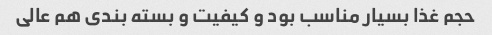
حجم غذا بسیار مناسب بود و کیفیت و بسته بندی هم عالی